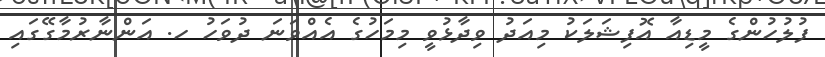
ފުލުހުންގެ މީޑިއާ އޮފިޝަލަކު މިއަދު ވިދާޅުވީ މިމަހުގެ އެއްވަނަ ދުވަހު ހ. އަންނާރުމާގޭގައި